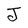
Character: J